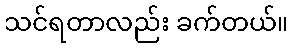
သင်ရတာလည်း ခက်တယ်။